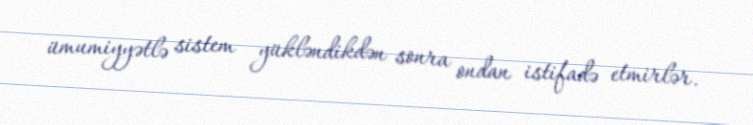
ümumiyyətlə sistem yükləndikdən sonra ondan istifadə etmirlər.